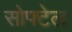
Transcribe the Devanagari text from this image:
सोफ्टेल